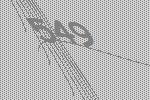
549